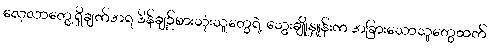
လေ့လာတွေ့ရှိချက်အရ ဒိန်ချဉ်စားသုံးသူတွေရဲ့ သွေးချိူနှူန်းက အခြားသောသူတွေထက်